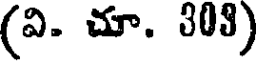
(వి. చూ. 303)